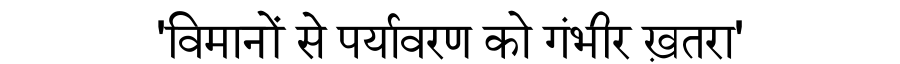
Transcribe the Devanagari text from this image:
'विमानों से पर्यावरण को गंभीर ख़तरा'